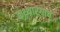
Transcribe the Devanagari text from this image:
कथ्थारंगाचे